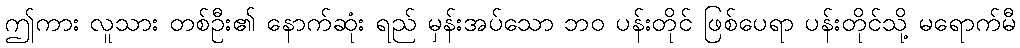
ဤကား လူသား တစ်ဦး၏ နောက်ဆုံး ရည် မှန်းအပ်သော ဘဝ ပန်းတိုင် ဖြစ်ပေရာ ပန်းတိုင်သို့ မရောက်မီ